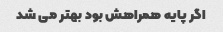
اگر پایه همراهش بود بهتر می شد